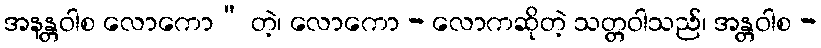
အနန္တဝါစ လောကော” တဲ့၊ လောကော - လောကဆိုတဲ့ သတ္တဝါသည်၊ အန္တဝါစ -